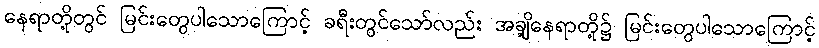
နေရာတို့တွင် မြင်းတွေပါသောကြောင့် ခရီးတွင်သော်လည်း အချို့နေရာတို့၌ မြင်းတွေပါသောကြောင့်